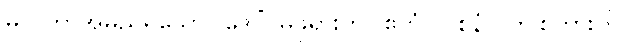
မလ္လိကာအမည်ရှိသော။ ဒေဝိံ၊ မိဖုရားကို။ ဧတံ (ဝစနံ)၊ ဤစကားကို။